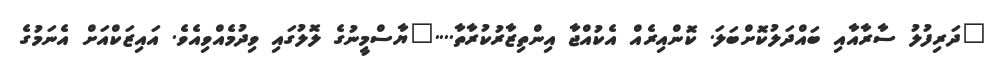
"ދަރިފުލު ސާރާއާއި ބައްދަލުކޮށްބަލަ. ކޮންއިރެއް އެކުއްޖާ އިންތިޒާރުކުރާތާ...."ޔާސްމީނުގެ ލޮލުގައި ވިދުމެއްވިއެވެ. އައިޒަކްއަށް އެނަމުގެ